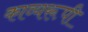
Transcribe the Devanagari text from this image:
काव्यरूपी